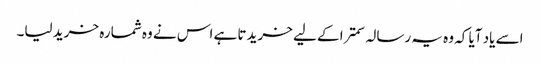
اسے یاد آیا کہ وہ یہ رسالہ سمترا کے لیے خریدتا ہے اس نے وہ شمارہ خرید لیا۔